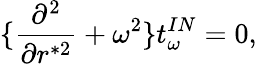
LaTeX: \{ {\frac{\partial^{2}}{\partial r^{*2}}}+\omega^{2}\} t_{\omega}^{IN}=0,